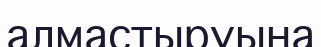
алмастыруына